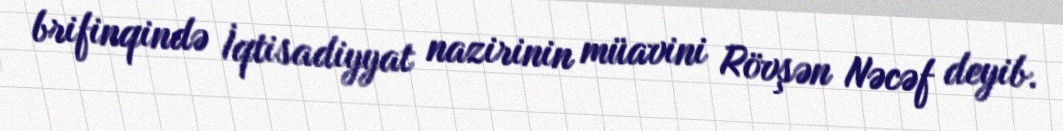
brifinqində İqtisadiyyat nazirinin müavini Rövşən Nəcəf deyib.